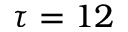
\tau = 1 2